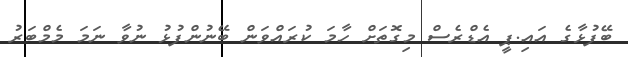
ބޭފުޅާގެ އައި.ޕީ އެޑްރެސް މިގޮތަށް ހާމަ ކުރައްވަން ބޭނުންފުޅު ނުވާ ނަމަ މެމްބަރު